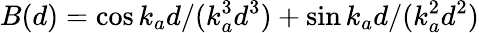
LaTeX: B(d)=\cos{k_{a}d}/(k_{a}^{3}d^{3})+\sin{k_{a}d}/(k_{a}^{2}d^{2})